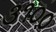
૩૧૦૦